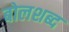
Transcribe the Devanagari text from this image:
बोलशब्द